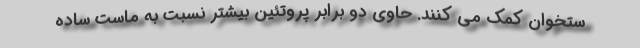
ستخوان کمک می کنند. حاوی دو برابر پروتئین بیشتر نسبت به ماست ساده